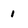
Character: 1